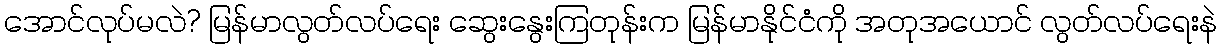
အောင်လုပ်မလဲ? မြန်မာလွတ်လပ်ရေး ဆွေးနွေးကြတုန်းက မြန်မာနိုင်ငံကို အတုအယောင် လွတ်လပ်ရေးနဲ